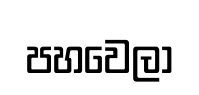
පහවෙලා